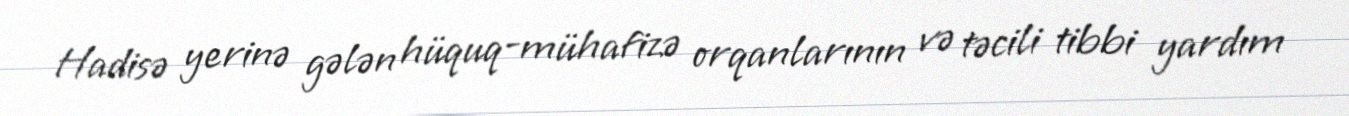
Hadisə yerinə gələn hüquq-mühafizə orqanlarının və təcili tibbi yardım